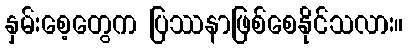
နှမ်းစေ့တွေက ပြဿနာဖြစ်စေနိုင်သလား။